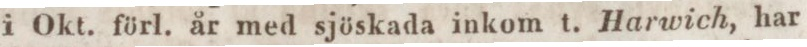
i Okt. förl. år med sjöskada inkom t. Harwich, har